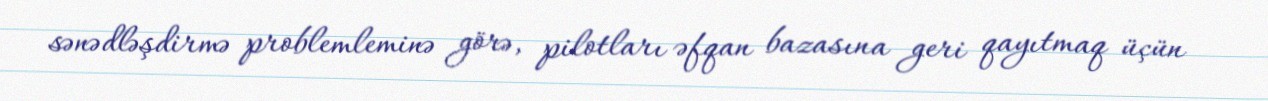
sənədləşdirmə problemleminə görə, pilotları əfqan bazasına geri qayıtmaq üçün